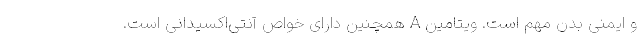
و ایمنی بدن مهم است. ویتامین A همچنین دارای خواص آنتی‌اکسیدانی است.